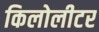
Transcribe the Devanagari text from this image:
किलोलीटर